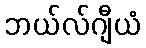
ဘယ်လ်ဂျီယံ